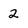
Character: 2